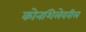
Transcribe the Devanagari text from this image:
कोनशिलेवरील